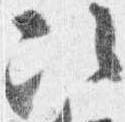
次